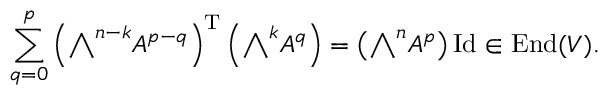
\sum _ { q = 0 } ^ { p } \left( { \textstyle \bigwedge } ^ { n - k } A ^ { p - q } \right) ^ { \mathrm { T } } \left( { \textstyle \bigwedge } ^ { k } A ^ { q } \right) = \left( { \textstyle \bigwedge } ^ { n } A ^ { p } \right) \operatorname { I d } \in \operatorname { E n d } ( V ) .